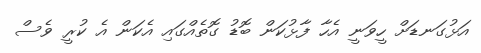
އަޅުގަނޑަށް ހީވަނީ އެހާ ފާޅުކަން ބޮޑު ގޮތެއްގައި އެކަން އެ ކުރީ ވެސް